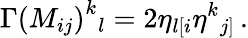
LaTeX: \Gamma\left(M_{ij}\right)^{k}{}_{l}=2\eta_{l[i}\eta^{k}{}_{j]}\, .